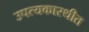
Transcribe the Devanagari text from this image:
उपत्यकास्थीत